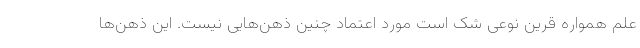
علم همواره قرین نوعی شک است مورد اعتماد چنین ذهن‌هایی نیست. این ذهن‌ها